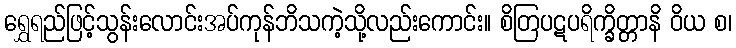
ရွှေရည်ဖြင့်သွန်းလောင်းအပ်ကုန်ဘိသကဲ့သို့လည်းကောင်း။ စိတြပဋပရိက္ခိတ္တာနိ ဝိယ စ၊